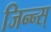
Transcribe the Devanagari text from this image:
जिन्न्स्